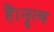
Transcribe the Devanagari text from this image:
हैं।नॄत्य